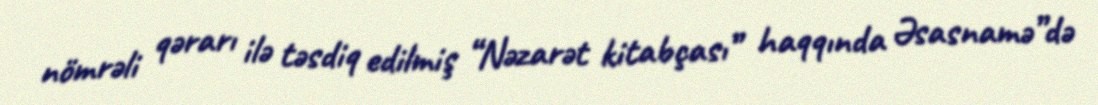
nömrəli qərarı ilə təsdiq edilmiş “Nəzarət kitabçası” haqqında Əsasnamə”də